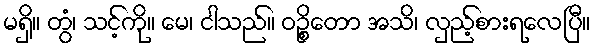
မရှိ။ တွံ၊ သင့်ကို။ မေ၊ ငါသည်။ ဝဉ္စိတော အသိ၊ လှည့်စားရလေပြီ။